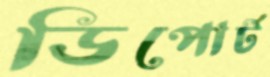
ডিপোর্ট